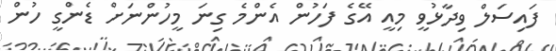
ފައިސަލް ވިދާޅުވީ މިއީ އޭގެ ފަހުން އެންމެ ގިނަ މީހުންނަށް ޑެންގީ ހުން